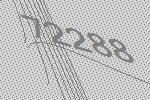
72288